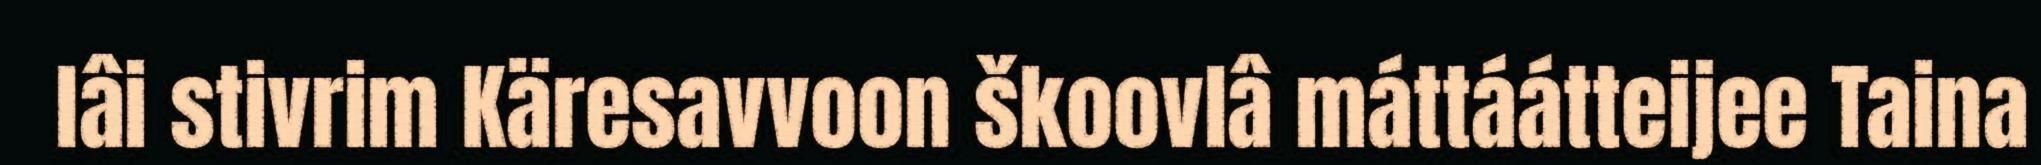
lâi stivrim Käresavvoon škoovlâ máttáátteijee Taina